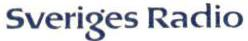
Sveriges Radio